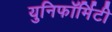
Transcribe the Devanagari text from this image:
युनिफॉर्मिटी